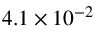
4 . 1 \times 1 0 ^ { - 2 }